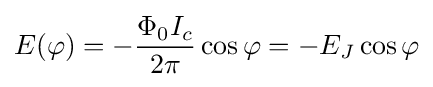
E(\varphi )=-{\frac {\Phi _{0}I_{c}}{2\pi }}\cos \varphi =-E_{J}\cos \varphi